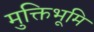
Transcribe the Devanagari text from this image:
मुक्तिभूमि